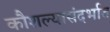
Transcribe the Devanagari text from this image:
कौशल्यासंदर्भात